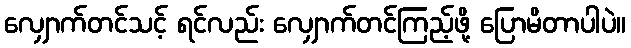
လျှောက်တင်သင့် ရင်လည်း လျှောက်တင်ကြည့်ဖို့ ပြောမိတာပါပဲ။